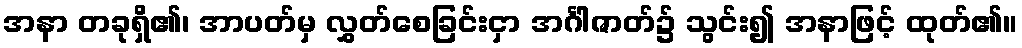
အနာ တခုရှိ၏၊ အာပတ်မှ လွှတ်စေခြင်းငှာ အင်္ဂါဇာတ်၌ သွင်း၍ အနာဖြင့် ထုတ်၏။